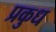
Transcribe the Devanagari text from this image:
प्रकुध